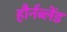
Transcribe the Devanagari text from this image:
हौर्नब्लेंड